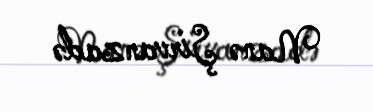
Nanə Şirvanzadə